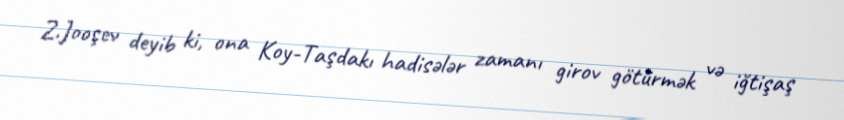
Z.Jooşev deyib ki, ona Koy-Taşdakı hadisələr zamanı girov götürmək və iğtişaş